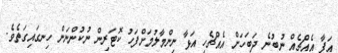
އަފާ އެއްޗެއް ނުބުނެ ދަބަހަށް އެއްޗެހި އަޅާ ނިންމާލުމަށްފަހު ކޮޓަރިން ނުކުންނަން ހިނގައިގަތެވެ.